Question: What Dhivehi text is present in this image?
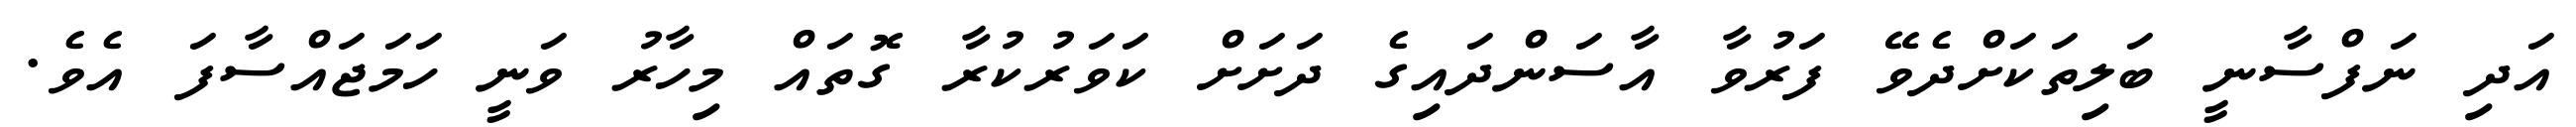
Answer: އަދި ނަފްސާނީ ބަލިތަކަށްދެވޭ ފަރުވާ އާސަންދައިގެ ދަށަށް ކަވަރުކުރާ ގޮތައް މިހާރު ވަނީ ހަމަޖައްސާފަ އެވެ.